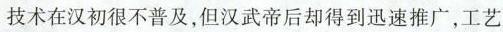
技术在汉初很不普及，但汉武帝后却得到迅速推广，工艺